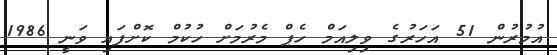
އުމުރުން 51 އަހަރުގެ ވިލިއަމް ހެޕް މެރުމަށް ހުކުމް ކޮށްފައި ވަނީ 1986